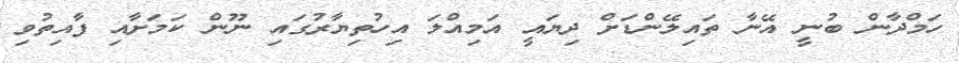
ހަމްދާން ބުނީ އޭނާ ތައިލޭންޑަށް ދިޔައީ އަމިއްލަ އިހުތިޔާރުގައި ނޫން ކަމަށާއި ފާއިތުވި